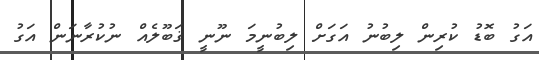
އަގު ބޮޑު ކުރިން ލިބުނު އަގަށް ލިބުނީމަ ނޫނީ ޤަބޫލެއް ނުކުރާނަން އަގު